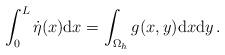
LaTeX: \begin{align*} \int_{0}^{L} \dot{\eta}(x){\rm d}x = \int_{\Omega_h} g(x,y){\rm d}x{\rm d}y\,.\end{align*}